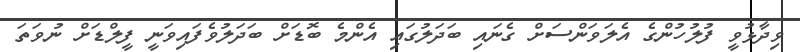
ވިދާޅުވީ ފުލުހުންގެ އެލަވަންސަށް ގެނައި ބަދަލުގައި އެންމެ ބޮޑަށް ބަދަލުވެފައިވަނީ ފީލްޑަށް ނުވަތަ